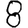
Digit: 8